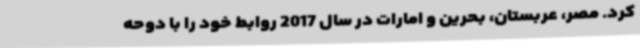
کرد. مصر، عربستان، بحرین و امارات در سال 2017 روابط خود را با دوحه